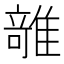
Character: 𱁊